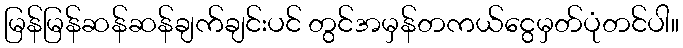
မြန်မြန်ဆန်ဆန်ချက်ချင်းပင် တွင်အမှန်တကယ်ငွေမှတ်ပုံတင်ပါ။